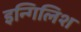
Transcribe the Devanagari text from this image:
इन्गिलिश